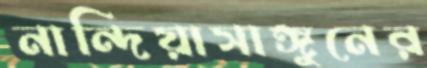
নান্দিয়াসাঙ্গুনের